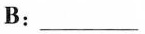
B:___